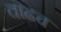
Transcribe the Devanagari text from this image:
वाढच